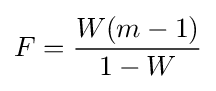
F={\frac {W(m-1)}{1-W}}